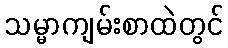
သမ္မာကျမ်းစာထဲတွင်